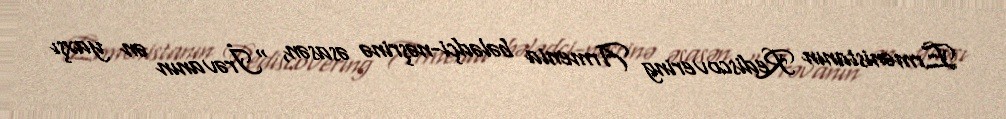
Ermənistanın Rediscovering Armenia bələdçi-nəşrinə əsasən, "İrəvanın ən yaxşı